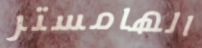
الهامستر